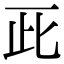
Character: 𠀢